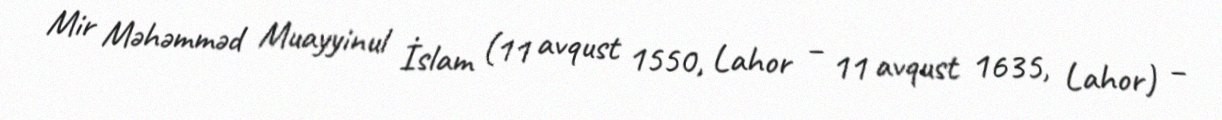
Mir Məhəmməd Muayyinul İslam (11 avqust 1550, Lahor – 11 avqust 1635, Lahor) –